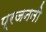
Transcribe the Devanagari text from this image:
प्रजननो